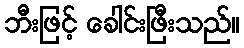
ဘီးဖြင့် ခေါင်းဖြီးသည်။